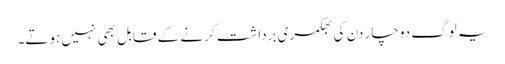
یہ لوگ دوچار دن کی بھکمری برداشت کرنے کے قابل بھی نہیں ہوتے۔